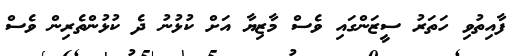
ފާއިތުވި ހަތަރު ސީޒަންގައި ވެސް މާޒިޔާ އަށް ކުޅުނު ދެ ކުޅުންތެރިން ވެސް